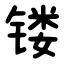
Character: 镂